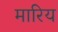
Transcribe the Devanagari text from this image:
मारिय